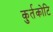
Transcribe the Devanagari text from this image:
कुर्तकोटि